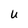
Character: U